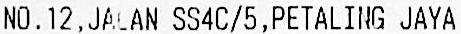
NO.12,JALAN SS4C/5,PETALING JAYA